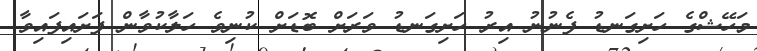
މަހޭޝްގެ ހަށިގަނޑު ފެނުނު އިރު ހަށިގަނޑު ވަރަށް ބޮޑަށް ކުނިވެ ހަލާކުވާން ފަށައިފައިވާ